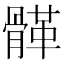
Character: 𩩸